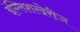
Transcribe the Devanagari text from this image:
इंग्लिशखेरीज